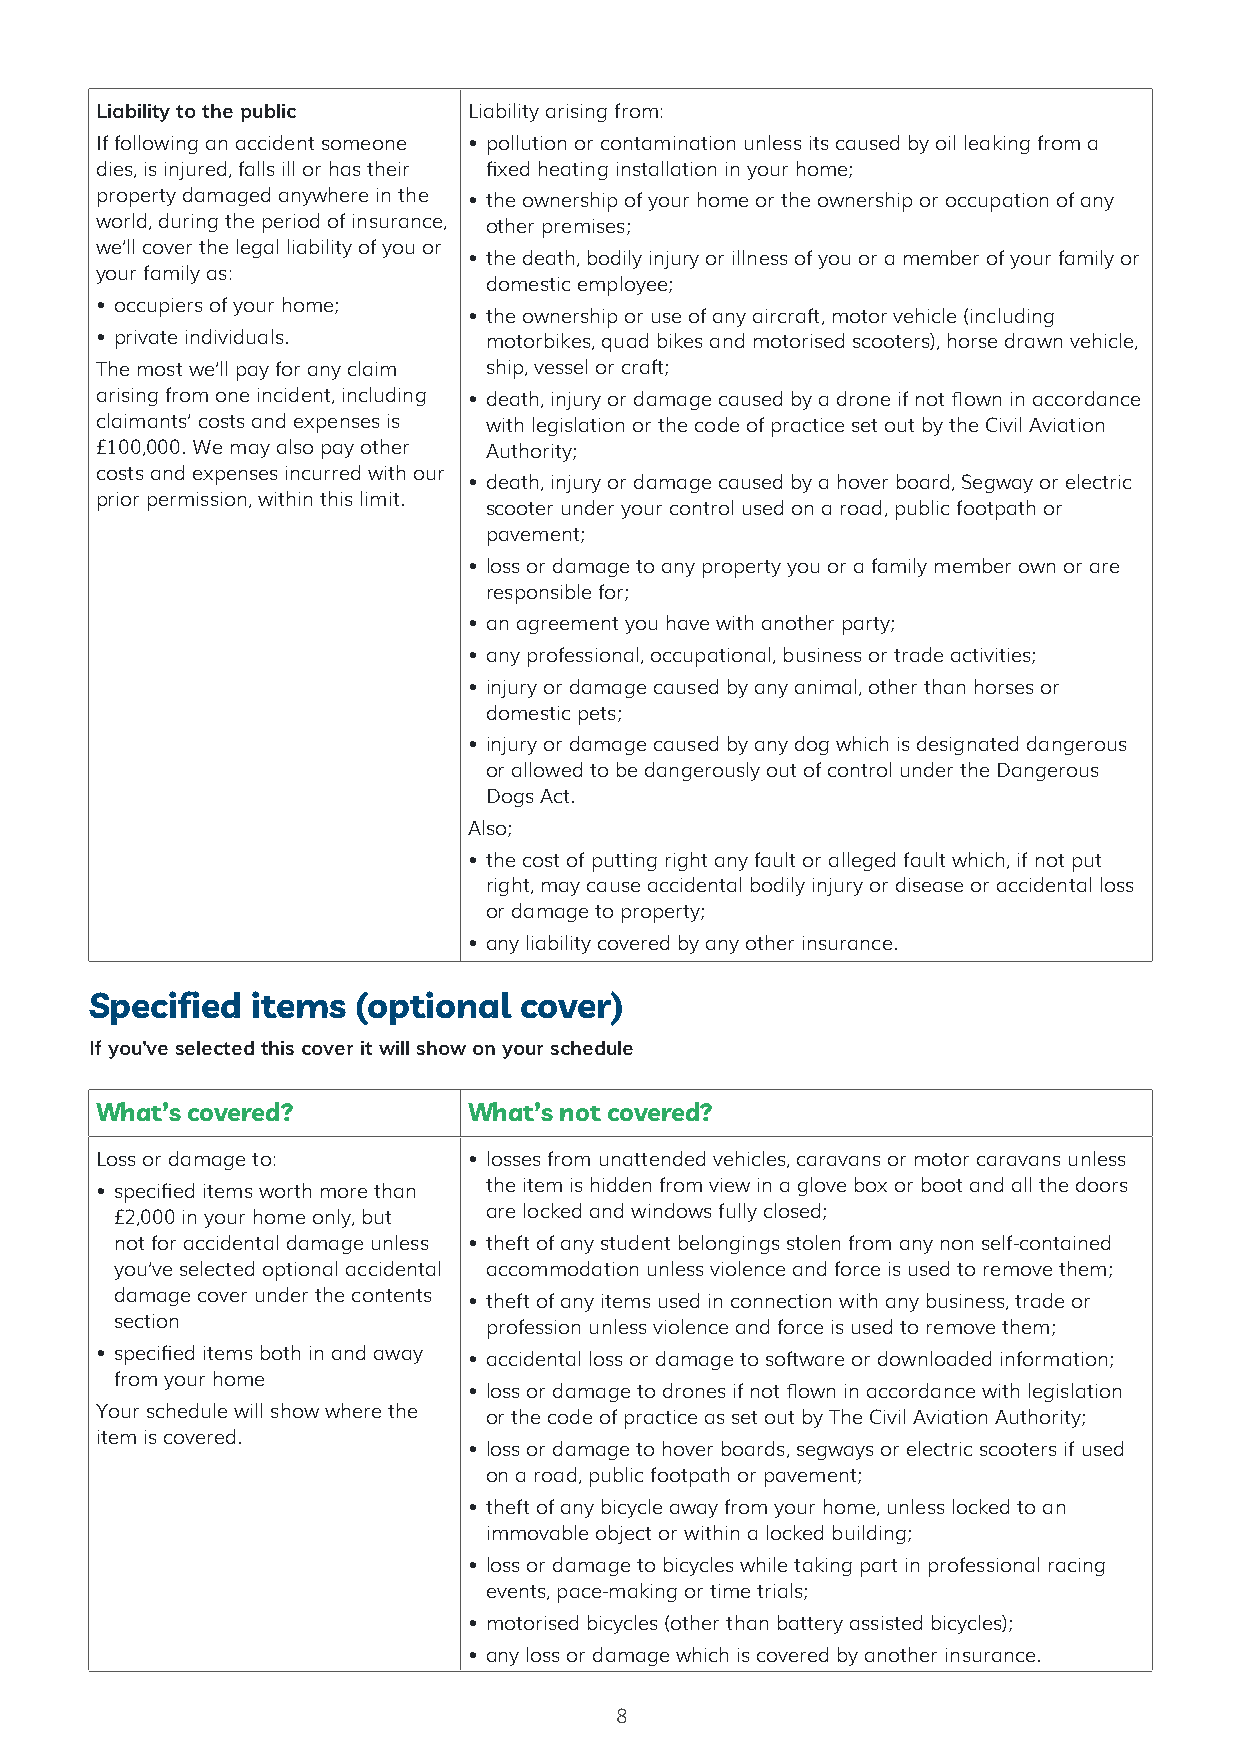
Liability to the public  Liability arising from:
 If following an accident someone • pollution or contamination unless its caused by oil leaking from a
 dies, is injured, falls ill or has their fixed heating installation in your home;
 property damaged anywhere in the • the ownership of your home or the ownership or occupation of any
 world, during the period of insurance, other premises;
 we’ll cover the legal liability of you or
 • the death, bodily injury or illness of you or a member of your family or
 your family as:
 domestic employee;
 • occupiers of your home;
 • the ownership or use of any aircraft, motor vehicle (including
 • private individuals.    motorbikes, quad bikes and motorised scooters), horse drawn vehicle,
 The most we’ll pay for any claim ship, vessel or craft;
 arising from one incident, including • death, injury or damage caused by a drone if not flown in accordance
 claimants’ costs and expenses is with legislation or the code of practice set out by the Civil Aviation
 £100,000. We may also pay other Authority;
 costs and expenses incurred with our
 • death, injury or damage caused by a hover board, Segway or electric
 prior permission, within this limit.
 scooter under your control used on a road, public footpath or
 pavement;
 • loss or damage to any property you or a family member own or are
 responsible for;
 • an agreement you have with another party;
 • any professional, occupational, business or trade activities;
 • injury or damage caused by any animal, other than horses or
 domestic pets;
 • injury or damage caused by any dog which is designated dangerous
 or allowed to be dangerously out of control under the Dangerous
 Dogs Act.
 Also;
 • the cost of putting right any fault or alleged fault which, if not put
 right, may cause accidental bodily injury or disease or accidental loss
 or damage to property;
 • any liability covered by any other insurance.
 Specified  items  (optional cover)
 If you've selected this cover it will show on your schedule
 What’s covered?          What’s not covered?
 Loss or damage to:       • losses from unattended vehicles, caravans or motor caravans unless
 • specified items worth more than the item is hidden from view in a glove box or boot and all the doors
 £2,000 in your home only, but are locked and windows fully closed;
 not for accidental damage unless • theft of any student belongings stolen from any non self-contained
 you’ve selected optional accidental accommodation unless violence and force is used to remove them;
 damage cover under the contents • theft of any items used in connection with any business, trade or
 section                 profession unless violence and force is used to remove them;
 • specified items both in and away • accidental loss or damage to software or downloaded information;
 from your home
 • loss or damage to drones if not flown in accordance with legislation
 Your schedule will show where the or the code of practice as set out by The Civil Aviation Authority;
 item is covered.
 • loss or damage to hover boards, segways or electric scooters if used
 on a road, public footpath or pavement;
 • theft of any bicycle away from your home, unless locked to an
 immovable object or within a locked building;
 • loss or damage to bicycles while taking part in professional racing
 events, pace-making or time trials;
 • motorised bicycles (other than battery assisted bicycles);
 • any loss or damage which is covered by another insurance.
 8